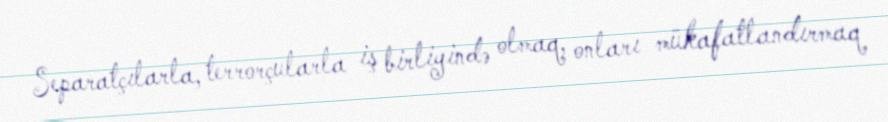
Separatçılarla, terrorçularla iş birliyində olmaq, onları mükafatlandırmaq